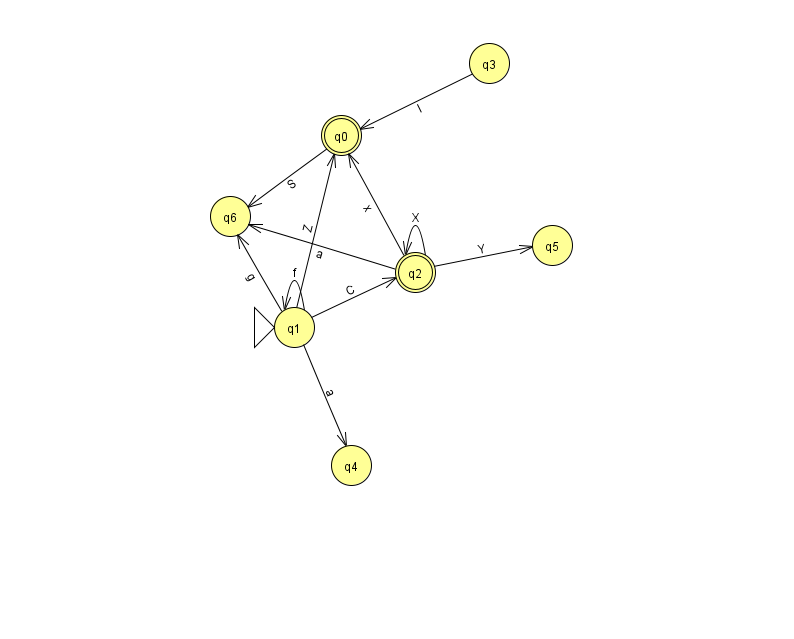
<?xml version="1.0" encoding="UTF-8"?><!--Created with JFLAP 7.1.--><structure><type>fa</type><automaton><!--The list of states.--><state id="0" name="q0"><x>341.0</x><y>122.0</y><final/></state><state id="1" name="q1"><x>294.0</x><y>314.0</y><initial/></state><state id="2" name="q2"><x>415.0</x><y>259.0</y><final/></state><state id="3" name="q3"><x>489.0</x><y>50.0</y></state><state id="4" name="q4"><x>351.0</x><y>452.0</y></state><state id="5" name="q5"><x>552.0</x><y>232.0</y></state><state id="6" name="q6"><x>230.0</x><y>203.0</y></state><!--The list of transitions.--><transition><from>1</from><to>0</to><read>Z</read></transition><transition><from>2</from><to>5</to><read>Y</read></transition><transition><from>1</from><to>2</to><read>C</read></transition><transition><from>2</from><to>6</to><read>a</read></transition><transition><from>1</from><to>6</to><read>g</read></transition><transition><from>2</from><to>0</to><read>x</read></transition><transition><from>1</from><to>1</to><read>f</read></transition><transition><from>2</from><to>2</to><read>X</read></transition><transition><from>1</from><to>4</to><read>a</read></transition><transition><from>0</from><to>6</to><read>S</read></transition><transition><from>3</from><to>0</to><read>I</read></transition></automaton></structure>